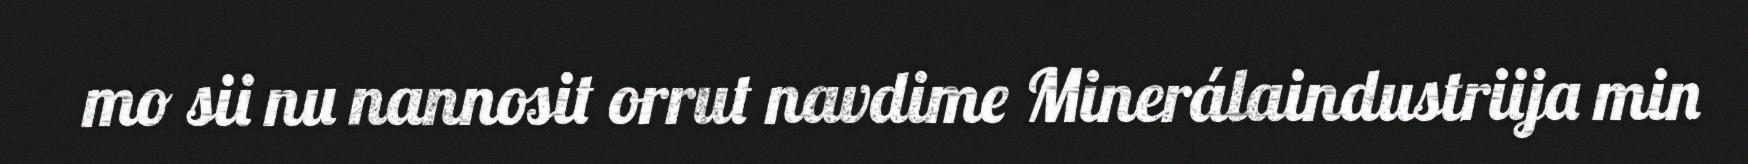
mo sii nu nannosit orrut navdime Minerálaindustriija min